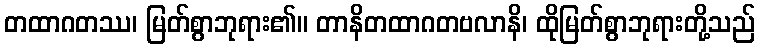
တထာဂတဿ၊ မြတ်စွာဘုရား၏။ တာနိတထာဂတဗလာနိ၊ ထိုမြတ်စွာဘုရားတို့သည်